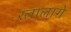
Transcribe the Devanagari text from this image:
रलालागे